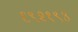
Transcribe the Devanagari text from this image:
६९२१९३